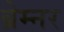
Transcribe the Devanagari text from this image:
ब्रेम्नर